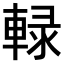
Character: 𨌠